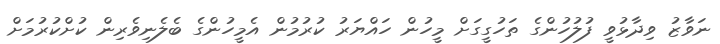
ނަވާޒު ވިދާޅުވީ ފުލުހުންގެ ތަހުގީގަށް މީހުން ހައްޔަރު ކުރުމުން އެމީހުންގެ ބެލެނިވެރިން ކުށްކުރުމަށް